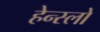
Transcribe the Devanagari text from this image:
हेन्स्लो